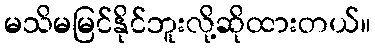
မသိမမြင်နိုင်ဘူးလို့ဆိုထားတယ်။